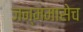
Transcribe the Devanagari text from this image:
जन्ममासेच